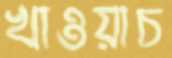
খাওয়াচ